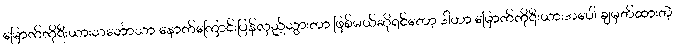
မြောက်ကိုရီးယားသင်္ဘောသာ နောက်ကြောင်းပြန်လှည့်သွားတာ ဖြစ်မယ်ဆိုရင်တော့ ဒါဟာ မြောက်ကိုရီးယားအပေါ် ချမှတ်ထားတဲ့